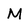
Character: M